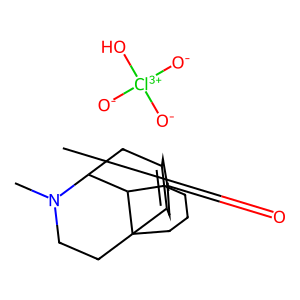
SMILES: CN1CCC23CCCCC2C1CC1=C3CC(=O)CC1.[O-][Cl+3]([O-])([O-])O
Inhibits HIV replication: No